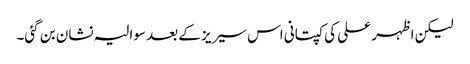
لیکن اظہر علی کی کپتانی اس سیریز کے بعد سوالیہ نشان بن گئی۔